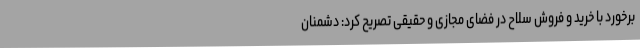
برخورد با خرید و فروش سلاح در فضای مجازی و حقیقی تصریح کرد: دشمنان